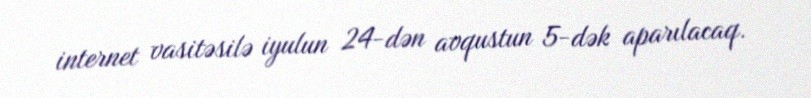
internet vasitəsilə iyulun 24-dən avqustun 5-dək aparılacaq.